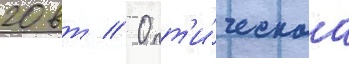
20 вт // Опт'и́ческаа